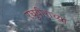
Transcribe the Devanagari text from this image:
रघुवीराच्या